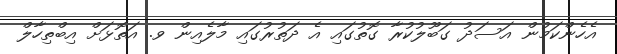
އެހެންކަމުން އަސަދު ގަބޫލުކުރާ ގޮތުގައި އެ ދަތުރުގައި މާލެއިން ވ. އަތޮޅަށް އިބްތިހާލް